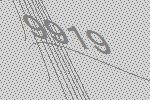
9919